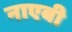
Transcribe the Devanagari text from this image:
नाएबी